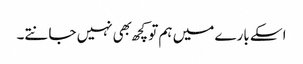
اسکے بارے میں ہم تو کچھ بهی نہیں جانتے۔